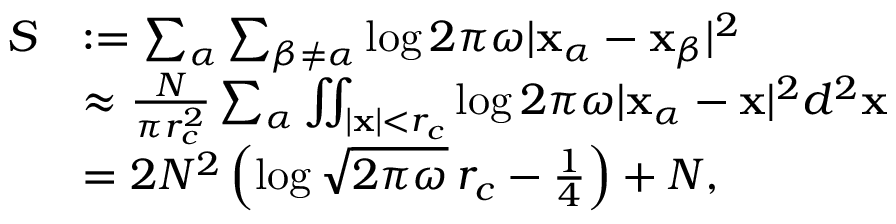
\begin{array} { r l } { S } & { : = \sum _ { \alpha } \sum _ { \beta \neq \alpha } \log 2 \pi \omega | \mathbf x _ { \alpha } - \mathbf x _ { \beta } | ^ { 2 } } \\ & { \approx \frac { N } { \pi r _ { c } ^ { 2 } } \sum _ { \alpha } \iint _ { | \mathbf x | < r _ { c } } \log 2 \pi \omega | \mathbf x _ { \alpha } - \mathbf x | ^ { 2 } d ^ { 2 } \mathbf x } \\ & { = 2 N ^ { 2 } \left( \log \sqrt { 2 \pi \omega } \, r _ { c } - \frac { 1 } { 4 } \right) + N , } \end{array}